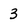
Character: 3